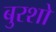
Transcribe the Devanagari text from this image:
बुरशो